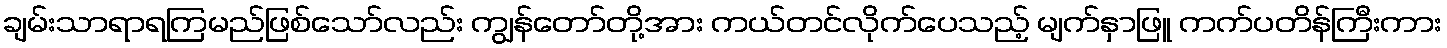
ချမ်းသာရာရကြမည်ဖြစ်သော်လည်း ကျွန်တော်တို့အား ကယ်တင်လိုက်ပေသည့် မျက်နှာဖြူ ကက်ပတိန်ကြီးကား